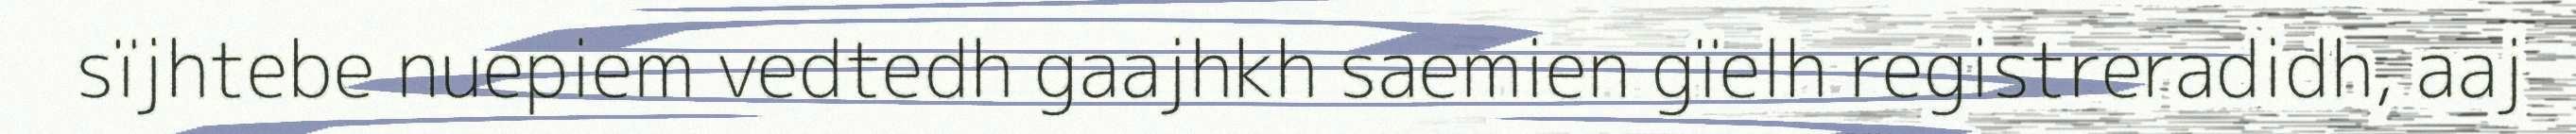
sïjhtebe nuepiem vedtedh gaajhkh saemien gïelh registreradidh, aaj